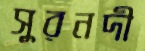
সুরনদী